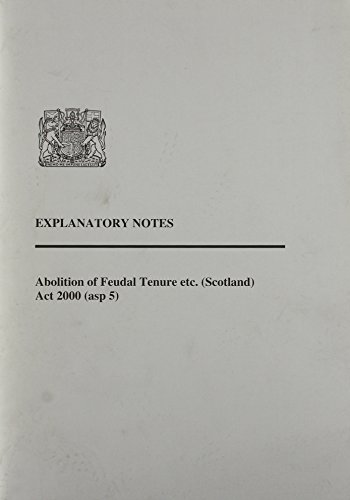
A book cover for Abolition of Feudal Tenure etc.(Scotland) Act 2000: Explanatory Notes (Acts of the Scottish Parliament - Elizabeth II); The Stationery Office; Law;